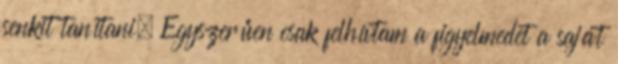
senkit tanítani. Egyszerűen csak felhívtam a figyelmedet a saját